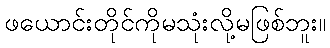
ဖယောင်းတိုင်ကိုမသုံးလို့မဖြစ်ဘူး။